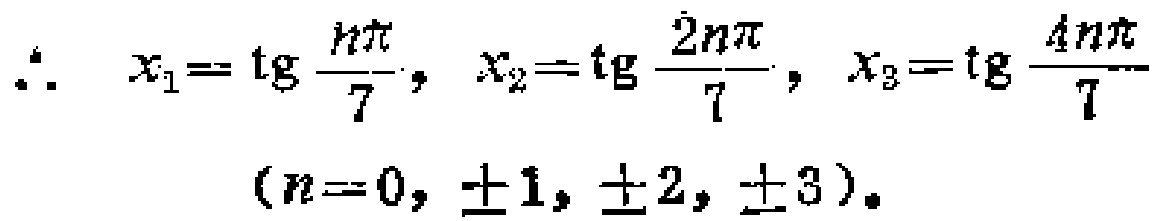
\(\therefore \quad x_{1}=\operatorname{tg} \frac{n\pi}{7}, \quad x_{2}=\operatorname{tg} \frac{2n\pi}{7}, \quad x_{3}=\operatorname{tg} \frac{4n\pi}{7}\)

\((n = 0, \pm 1, \pm 2, \pm 3)\).